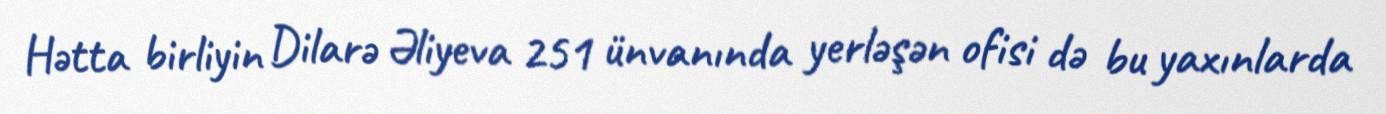
Hətta birliyin Dilarə Əliyeva 251 ünvanında yerləşən ofisi də bu yaxınlarda